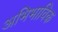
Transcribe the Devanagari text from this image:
अभिभाविक